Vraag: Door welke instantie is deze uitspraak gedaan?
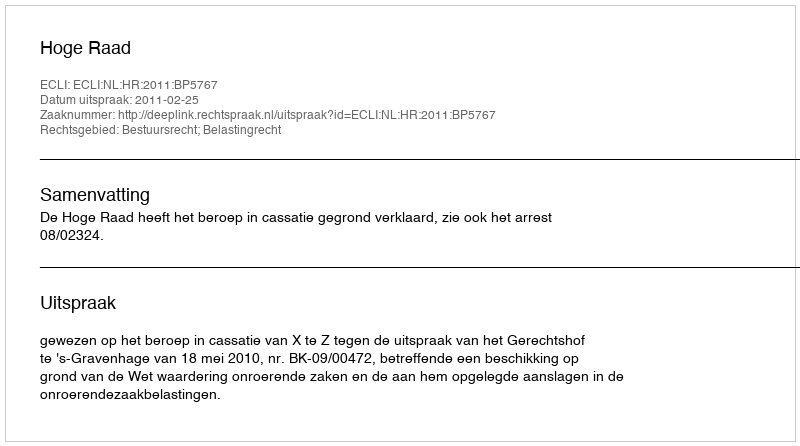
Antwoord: Hoge Raad